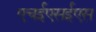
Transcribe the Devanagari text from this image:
एचईएसईएस